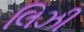
લિઝી